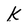
Character: k